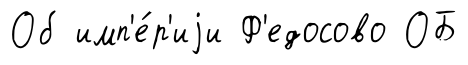
Об имп'е́р'иjи Ф'едосово ОБ